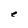
Character: e